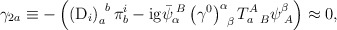
\begin{align*}\gamma _{2a}\equiv -\left( \left( \mathrm{D}_{i}\right) _{a}^{\;\;b}\pi_{b}^{i}-\mathrm{ig}\bar{\psi}_{\alpha }^{\;B}\left( \gamma ^{0}\right)_{\;\;\beta }^{\alpha }T_{a\;\;B}^{A}\psi _{\;A}^{\beta }\right) \approx 0,\end{align*}